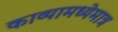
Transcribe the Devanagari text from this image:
काव्यामध्येमात्र